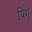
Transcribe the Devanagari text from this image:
फ्गि